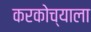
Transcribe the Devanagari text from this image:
करकोच्याला